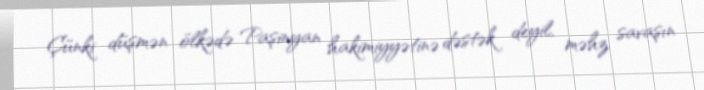
Çünki düşmən ölkədə Paşinyan hakimiyyətinə dəstək deyil, məhz savaşın